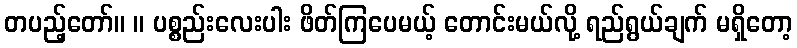
တပည့်တော်။ ။ ပစ္စည်းလေးပါး ဖိတ်ကြပေမယ့် တောင်းမယ်လို့ ရည်ရွယ်ချက် မရှိတော့